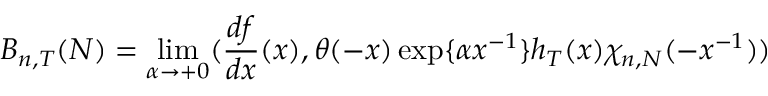
B _ { n , T } ( N ) = \operatorname * { l i m } _ { \alpha \rightarrow + 0 } ( \frac { d f } { d x } ( x ) , \theta ( - x ) \exp \{ \alpha x ^ { - 1 } \} h _ { T } ( x ) \chi _ { n , N } ( - x ^ { - 1 } ) )